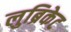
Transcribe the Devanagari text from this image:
लुब्रिकेट